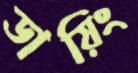
ডায়িং